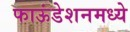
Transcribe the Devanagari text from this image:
फाऊंडेशनमध्ये